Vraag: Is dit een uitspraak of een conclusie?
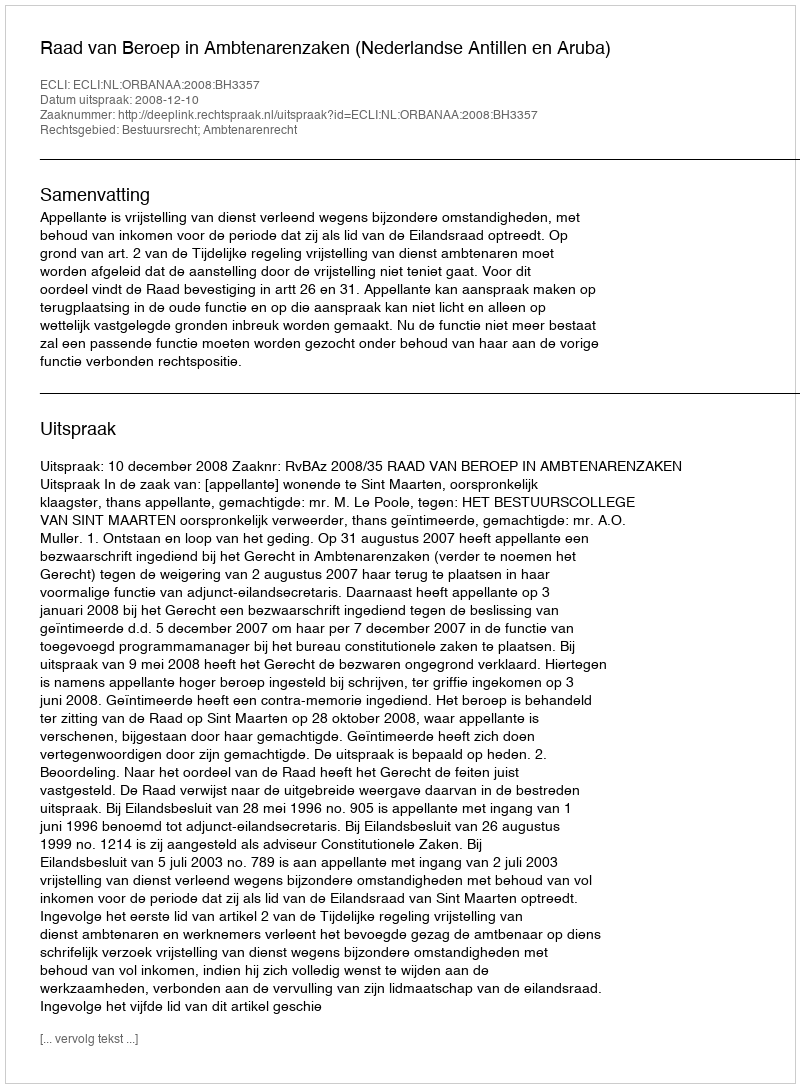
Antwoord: Uitspraak